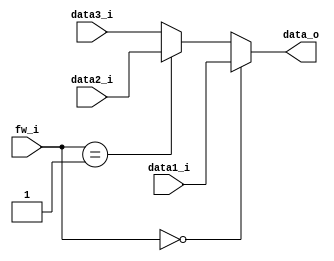
module mux6(
	data1_i,	// ID/EX's read data1 
	data2_i,	// from mux5's result
	data3_i,	// from EX's result
	fw_i,
	data_o
);

input	[31:0]		data1_i;
input	[31:0]		data2_i;
input	[31:0]		data3_i;
input	[1:0]		fw_i;
output reg [31:0]	data_o;

always@(data1_i or data2_i or data3_i or fw_i)begin
	if(fw_i == 2'b00) begin
		data_o = data1_i;
	end
	else if(fw_i == 2'b01) begin
		data_o = data2_i;
	end
	else begin
		data_o = data3_i;
	end
end

endmodule